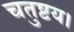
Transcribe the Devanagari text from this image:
चतुष्टय।